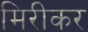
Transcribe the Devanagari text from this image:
मिरीकर